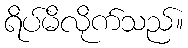
ရိပ်မိလိုက်သည်။